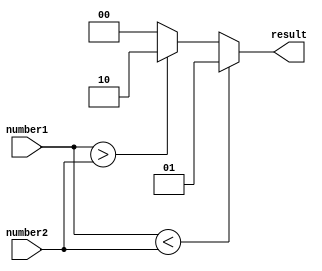
module inequality_comparator (
    input [7:0] number1,
    input [7:0] number2,
    output reg [1:0] result
);

always @(*) begin
    if (number1 < number2) begin
        result = 2'b01; // less than
    end else if (number1 > number2) begin
        result = 2'b10; // greater than
    end else begin
        result = 2'b00; // equal
    end
end

endmodule